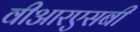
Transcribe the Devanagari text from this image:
वीआरएसबी